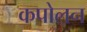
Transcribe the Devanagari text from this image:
कपोलन